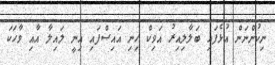
ނިކުންނަން އުޅެފައި ބަލާލިއިރު އަވިކް ހިނި އައިސްފައި އިނީ ލައިލާ އާއި ވާހަކަ